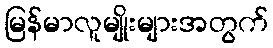
မြန်မာလူမျိုးများအတွက်